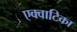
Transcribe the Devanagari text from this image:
एक्वाटिका